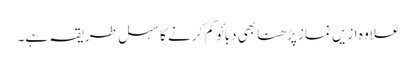
علاوہ ازیں نماز پڑھنا بھی دبائو کم کرنے کا سہل طریقہ ہے۔